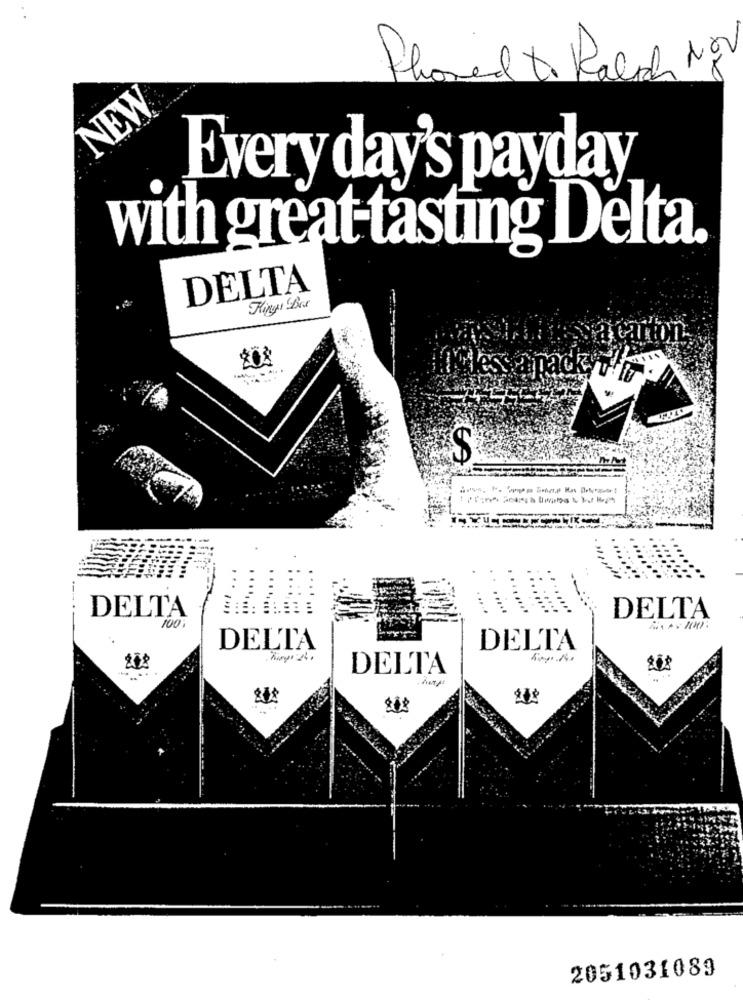
Phoved to Ralph Nov
NEW
Every day's payday
with great tasting Delta.
DELTA
King! Bes
carton
$
DELTA
DELTA
100 :
DELTA
DELTA
DELTA
2051031089